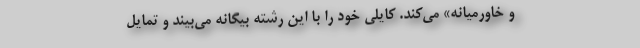
و خاورمیانه» می‌کند. کایلی خود را با این رشته بیگانه می‌بیند و تمایل